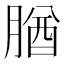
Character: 𦝱